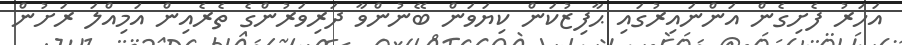
އަހަރު ފެށިގެން އަންނައިރުގައި ޙާފިޒުކަން ކިޔަވަން ބޭނުންވާ ދަރިވަރުންގެ ތެރެއިން އަމިއްލަ ރަށުން